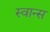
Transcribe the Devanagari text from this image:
स्वान्स